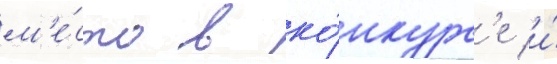
м'е́сто в ко́нкурс'е и́